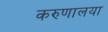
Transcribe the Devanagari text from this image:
करुणालया